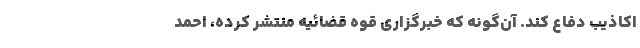
اکاذیب دفاع کند. آن‌گونه که خبرگزاری قوه قضائیه منتشر کرده، احمد